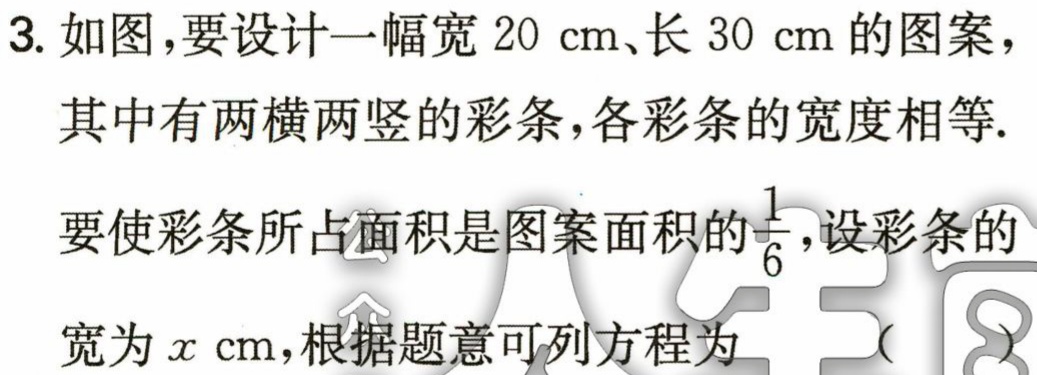
3. 如图，要设计一幅宽\(20\mathrm{cm}\)、长\(30\mathrm{cm}\)的图案，其中有两横两竖的彩条，各彩条的宽度相等. 要使彩条所占面积是图案面积的\(\frac{1}{6}\)，设彩条的宽为\(x\mathrm{cm}\)，根据题意可列方程为 （  ）